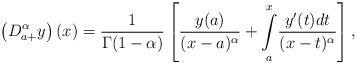
LaTeX: \begin{align*} \left(D_{a+}^\alpha y\right)(x)=\frac{1}{\Gamma(1-\alpha)}\left[\frac{y(a)}{(x-a)^\alpha}+\underset{a}{\overset{x}{\int}}\frac{y'(t)dt}{(x-t)^\alpha}\right],\end{align*}